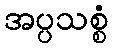
အပ္ပသစ္စံ